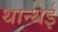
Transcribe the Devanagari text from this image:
थान्थई